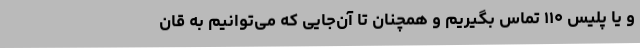
و یا پلیس ۱۱۰ تماس بگیریم و همچنان تا آن‌جایی که می‌توانیم به قان